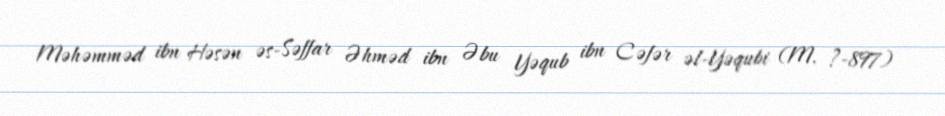
Məhəmməd ibn Həsən əs-Səffar Əhməd ibn Əbu Yəqub ibn Cəfər əl-Yəqubi (M. ?-897)